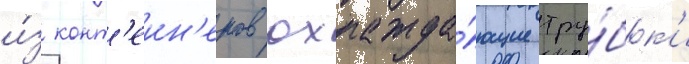
и́з конт'еин'еров охлажда́ющие тру́бк'и